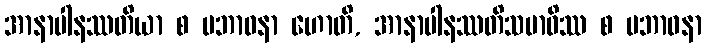
အာနာပါနဿတိယာ စ ပဘာဝနာ ဟောတိ, အာနာပါနဿတိသမာဓိဿ စ ပဘာဝနာ